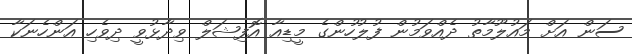
ސަން އަށް މައުލޫމާތު ދެއްވަމުން ފުލުހުންގެ މީޑިއާ އޮފިޝަލް ވިދާޅުވީ ދިވެހި އަންހެނަކާ